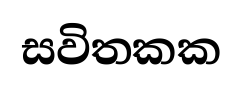
සවිතකක